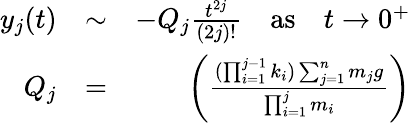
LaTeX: \begin{array}{rlr}{y_{j}(t)}&{\sim}&{-Q_{j}\frac{t^{2j}}{(2j)!}\quad\mathrm{as}\quad t\rightarrow 0^{+}}\\ {Q_{j}}&{=}&{\left(\frac{(\prod_{i=1}^{j-1}k_{i})\sum_{j=1}^{n}m_{j}g}{\prod_{i=1}^{j}m_{i}}\right)}\end{array}